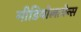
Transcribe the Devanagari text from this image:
मीडियोलानेन्स